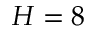
H = 8